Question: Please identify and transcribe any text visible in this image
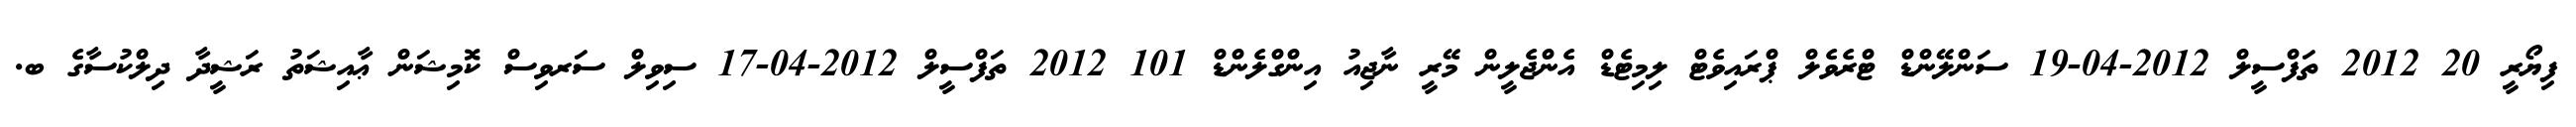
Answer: ފިޔޯރީ 20 2012 ތަފްސީލް 2012-04-19 ސަންލޭންޑް ޓްރެވެލް ޕްރައިވެޓް ލިމިޓެޑް އެންޖެލީން މޭރީ ނާޖިއު އިންގްލެންޑް 101 2012 ތަފްސީލް 2012-04-17 ސިވިލް ސަރވިސް ކޮމިޝަން ޢާއިޝަތު ރަޝީދާ ދިލްކުސާގެ ބ.